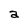
Character: a